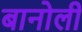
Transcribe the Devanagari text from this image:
बानोली